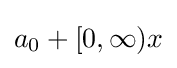
a_{0}+[0,\infty )x